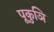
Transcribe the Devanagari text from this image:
पूकुञि